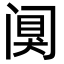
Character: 阒